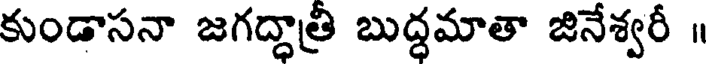
కుండాసనా జగద్ధాత్రి బుద్ధమాతా జినేశ్వరీ ॥